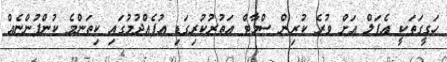
ހަގީގަތަކީ އެޕަލް އަށް ވުރެ ކުރިން ސްމާޓް އަތުރުކުރިގަޑި އުފެއްދުމުގައި ކިތަންމެ ކުންފުންޏެއް